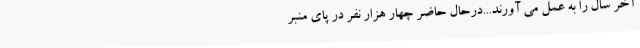
آخر سال را به عمل می آورند...درحال حاضر چهار هزار نفر در پای منبر